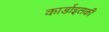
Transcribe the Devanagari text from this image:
कार्डाइतकी